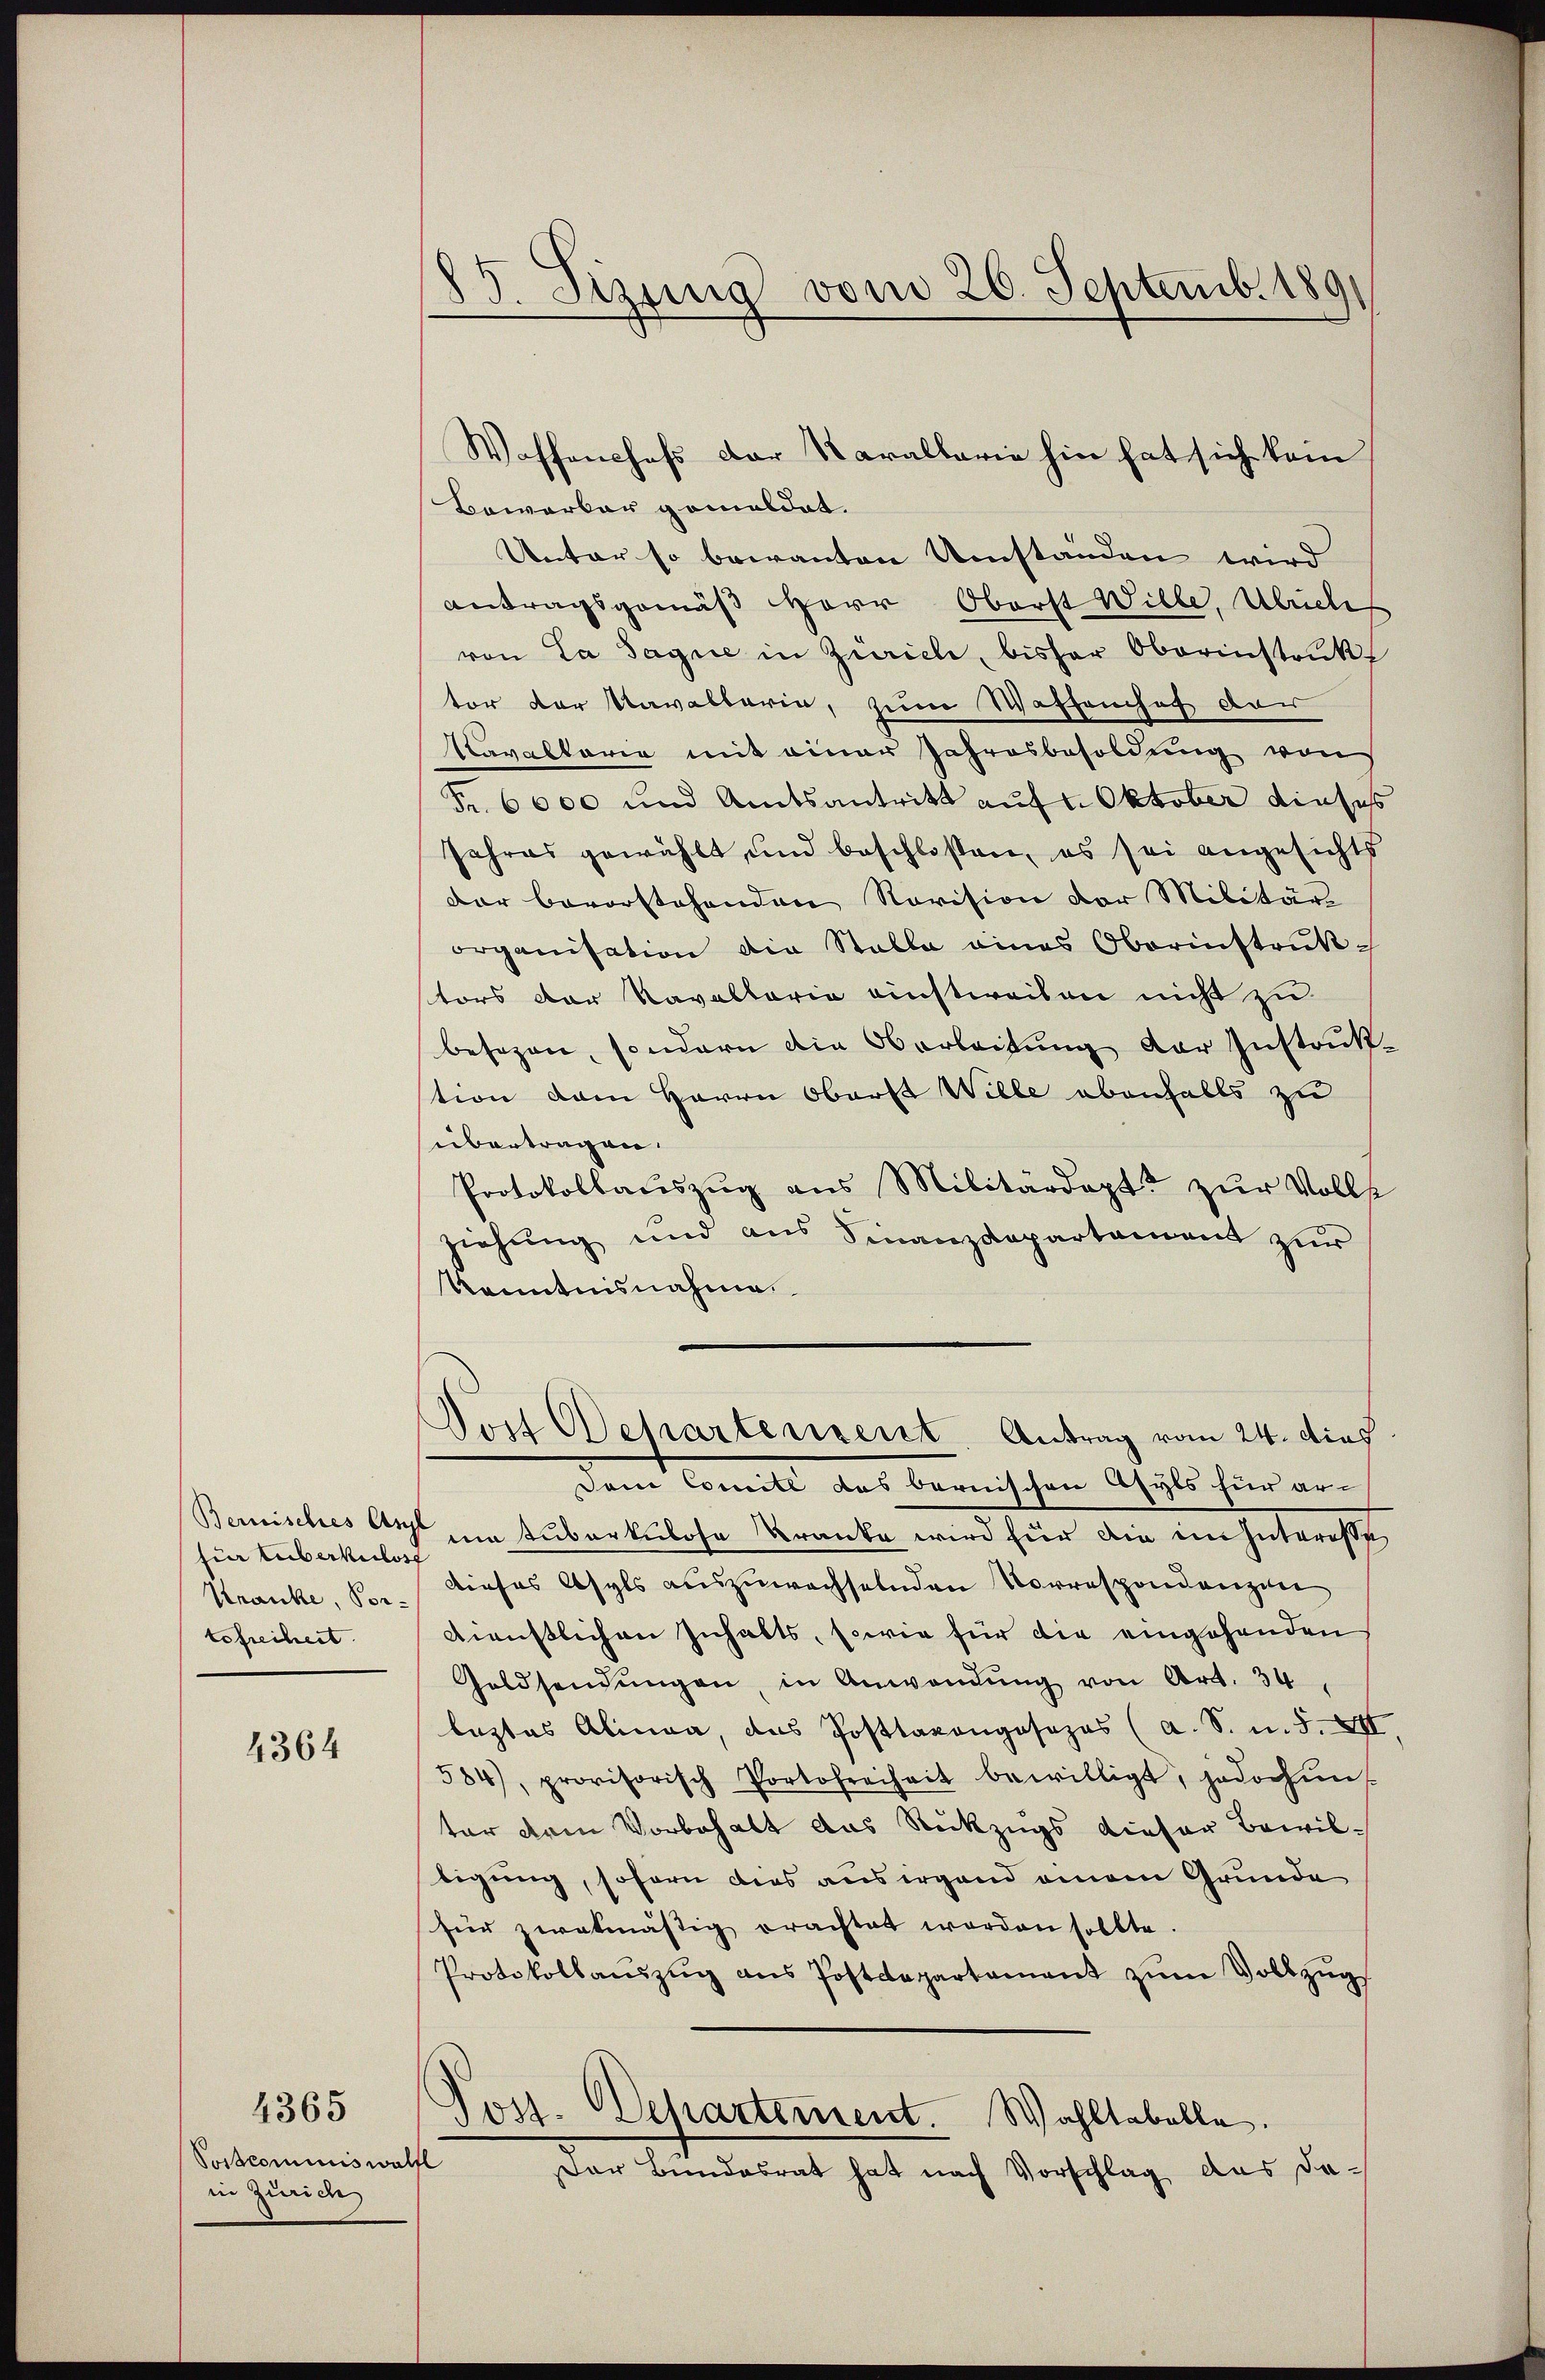
für Luberkulos
Kranke, Vortefreiheit.

4364

4365

Postcominiswahll
in Zürich

85. Sizung vom 26. Septemb. 1891

Waffenshofs der Karallarie hin hat sich kein
Bewerker gemildet.
Unter so bewanten Umständen wird
Antragsgemäß Herr Oberst Wille, Ulrich
von La Sagnie in Zürich, bisher Oberinstruktor der Kavaltaria, zum Waffenhof der
Kavaltarie mit einer Jahresbesoldung von
Fr. 6000 und Amtsantritt auf Oktober diese
Jahres gewählt, und beschloßen, es sei angesichts
dar bevorstehenden Revision der Militär-
organisation die Stalle eines Oberinstruk-
tors der Kavaltaria einstweilen nicht zu
besezen, sondern die Oberleitung der Instruk
stion dem Herrn Oberst Wille ebenfalls zu
übertragen.
Protokollaŭszŭg ans Militärdept. zŭr Volls
ziehung und aus Finanzdepartament zŭr
Kenntnisnahme
Jost Departenseit Antrag vom 24. dies
Dem Comité des bernischen Asyls für ar¬
Bemisches Arzt um Huberkulose Kranke wird für dem im Interess
Dieses Asyls auszuwachselnden Vorrespondenzen
dienstlichen Inhalts, sowie für die eingehenden
Goldsendŭngen, in Anwendŭng von Art. 34,
leztes Alinea, das Posttaxongosezes (a. S. u. S. XII
584), provisorisch Portofreiheit bewilligt, jedochŭn
ter drei Vorbehalt das Rückzugs dieser Bewiltigung, sofern dies aus irgend einem Grunde
für zwekmäßig erachtet worden sollte.
Protokollanzŭg ans Postdepartament zŭm Vollzŭg
Post. Departement. Wahltabelle.
Der Bundesrat hat nach Vorschlag das da¬